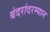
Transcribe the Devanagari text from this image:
बंदरांदरम्यान